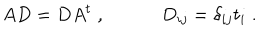
A D = D A ^ { t } \; , \quad \quad \quad D _ { i j } = \delta _ { i j } t _ { i } \; .